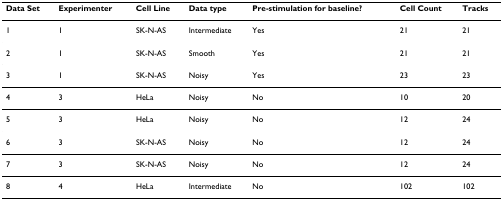
<table><thead><tr><td><b>Data Set</b></td><td><b>Experimenter</b></td><td><b>Cell Line</b></td><td><b>Data type</b></td><td><b>Pre-stimulation for baseline?</b></td><td><b>Cell Count</b></td><td><b>Tracks</b></td></tr></thead><tbody><tr><td>1</td><td>1</td><td>SK-N-AS</td><td>Intermediate</td><td>Yes</td><td>21</td><td>21</td></tr><tr><td>2</td><td>1</td><td>SK-N-AS</td><td>Smooth</td><td>Yes</td><td>21</td><td>21</td></tr><tr><td>3</td><td>1</td><td>SK-N-AS</td><td>Noisy</td><td>Yes</td><td>23</td><td>23</td></tr><tr><td>4</td><td>3</td><td>HeLa</td><td>Noisy</td><td>No</td><td>10</td><td>20</td></tr><tr><td>5</td><td>3</td><td>HeLa</td><td>Noisy</td><td>No</td><td>12</td><td>24</td></tr><tr><td>6</td><td>3</td><td>SK-N-AS</td><td>Noisy</td><td>No</td><td>12</td><td>24</td></tr><tr><td>7</td><td>3</td><td>SK-N-AS</td><td>Noisy</td><td>No</td><td>12</td><td>24</td></tr><tr><td>8</td><td>4</td><td>HeLa</td><td>Intermediate</td><td>No</td><td>102</td><td>102</td></tr></tbody></table>